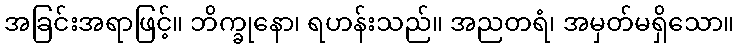
အခြင်းအရာဖြင့်။ ဘိက္ခုနော၊ ရဟန်းသည်။ အညတရံ၊ အမှတ်မရှိသော။